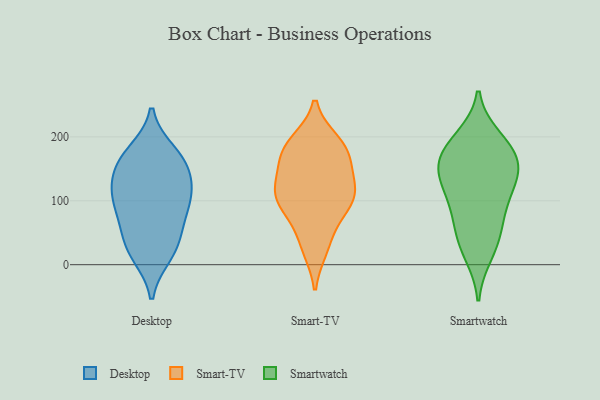
{"axis": {"x": "Humidity (%)", "y": "Value"}, "legend": ["Desktop", "Smart-TV", "Smartwatch"], "data": [{"x": "", "y": 115, "type": "Desktop"}, {"x": "", "y": 163, "type": "Desktop"}, {"x": "", "y": 69, "type": "Desktop"}, {"x": "", "y": 157, "type": "Desktop"}, {"x": "", "y": 109, "type": "Desktop"}, {"x": "", "y": 116, "type": "Desktop"}, {"x": "", "y": 175, "type": "Desktop"}, {"x": "", "y": 103, "type": "Desktop"}, {"x": "", "y": 26, "type": "Desktop"}, {"x": "", "y": 31, "type": "Desktop"}, {"x": "", "y": 158, "type": "Desktop"}, {"x": "", "y": 71, "type": "Desktop"}, {"x": "", "y": 16, "type": "Desktop"}, {"x": "", "y": 36, "type": "Smart-TV"}, {"x": "", "y": 27, "type": "Smart-TV"}, {"x": "", "y": 169, "type": "Smart-TV"}, {"x": "", "y": 92, "type": "Smart-TV"}, {"x": "", "y": 88, "type": "Smart-TV"}, {"x": "", "y": 97, "type": "Smart-TV"}, {"x": "", "y": 186, "type": "Smart-TV"}, {"x": "", "y": 105, "type": "Smart-TV"}, {"x": "", "y": 125, "type": "Smart-TV"}, {"x": "", "y": 167, "type": "Smart-TV"}, {"x": "", "y": 121, "type": "Smart-TV"}, {"x": "", "y": 191, "type": "Smart-TV"}, {"x": "", "y": 127, "type": "Smart-TV"}, {"x": "", "y": 180, "type": "Smart-TV"}, {"x": "", "y": 146, "type": "Smartwatch"}, {"x": "", "y": 80, "type": "Smartwatch"}, {"x": "", "y": 51, "type": "Smartwatch"}, {"x": "", "y": 150, "type": "Smartwatch"}, {"x": "", "y": 89, "type": "Smartwatch"}, {"x": "", "y": 198, "type": "Smartwatch"}, {"x": "", "y": 170, "type": "Smartwatch"}, {"x": "", "y": 189, "type": "Smartwatch"}, {"x": "", "y": 178, "type": "Smartwatch"}, {"x": "", "y": 17, "type": "Smartwatch"}, {"x": "", "y": 35, "type": "Smartwatch"}, {"x": "", "y": 120, "type": "Smartwatch"}, {"x": "", "y": 148, "type": "Smartwatch"}, {"x": "", "y": 123, "type": "Smartwatch"}]}